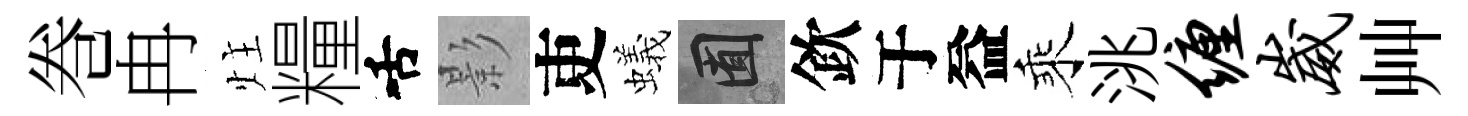
巻冉炷糧舌影吏蟻囿欽于益乘洮缠崴艸